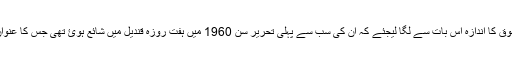
لکھنے کے شوق کا اندازہ اس بات سے لگا لیجئے کہ ان کی سب سے پہلی تحریر سن 1960 میں ہفت روزہ قندیل میں شائع ہوئ تھی جس کا عنوان تھا، بڑا قد،۔